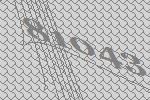
81043